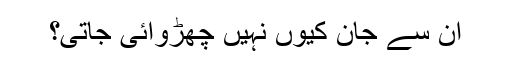
ان سے جان کیوں نہیں چھڑوائی جاتی؟